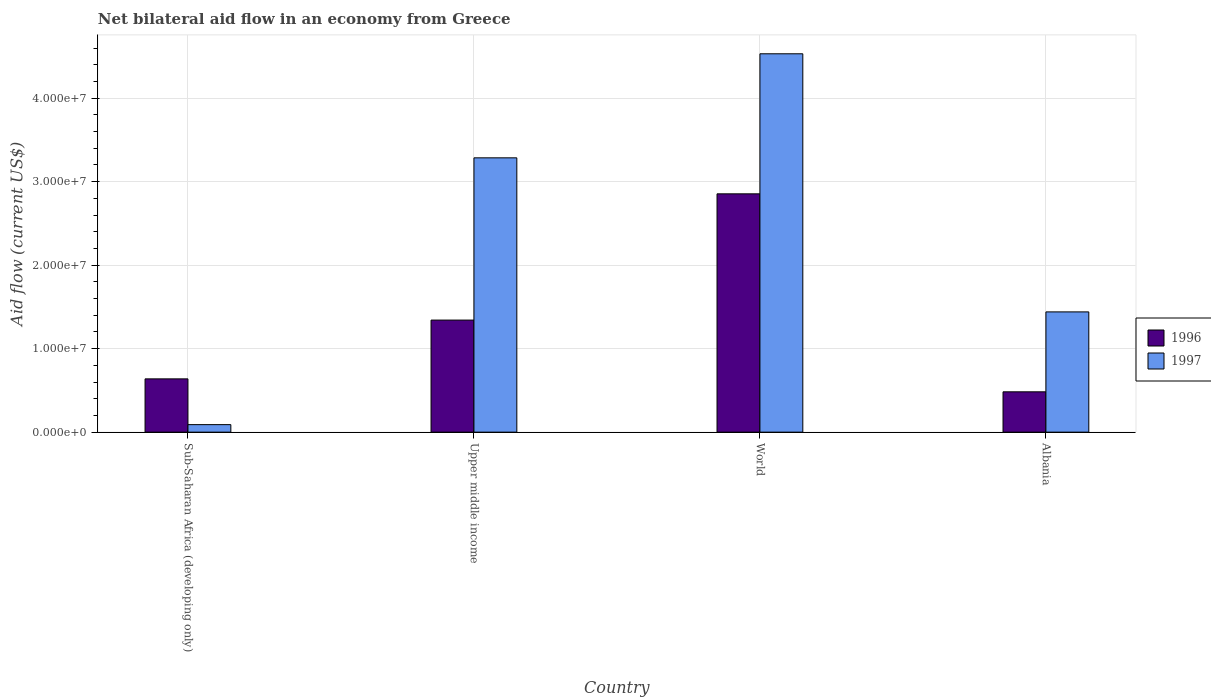
| Country | 1996 | 1997 |
 | --- | --- | --- |
 | Sub-Saharan Africa (developing only) | 6.38e+06 | 9e+05 |
 | Upper middle income | 1.34e+07 | 3.28e+07 |
 | World | 2.85e+07 | 4.53e+07 |
 | Albania | 4.83e+06 | 1.44e+07 |